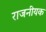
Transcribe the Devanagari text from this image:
राजनीयक